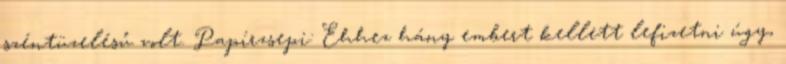
széntüzelésű volt. Papírzsepi: Ehhez hány embert kellett lefizetni úgy,